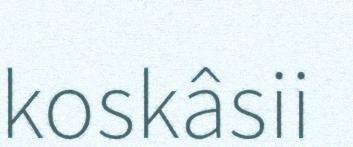
koskâsii